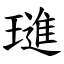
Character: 璡